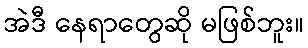
အဲဒီ နေရာတွေဆို မဖြစ်ဘူး။